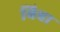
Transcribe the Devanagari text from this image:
बिबा